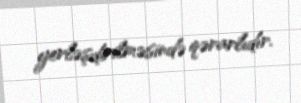
yerləşdirilməsində qərarlıdır.